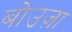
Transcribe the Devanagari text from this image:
बोउज़ा